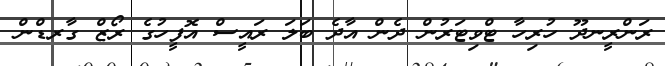
ރަންރީނދޫ ހުރިހާ ޓްވިޓަރުން ދެން އާދެ ބަލަ ރައީސް އޮފީހުގެ ރޯޒް ގާރޑްން